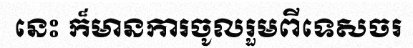
នេះ ក៏មានការចូលរួមពីទេសចរ